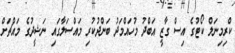
ކްރިމިނަލް ކޯޓުގެ އިސް ގާޒީ އަބްދު މުހައްމަދު ބަންދުކުރި މައްސަލާގައި ނަޝީދުގެ މައްޗަށް